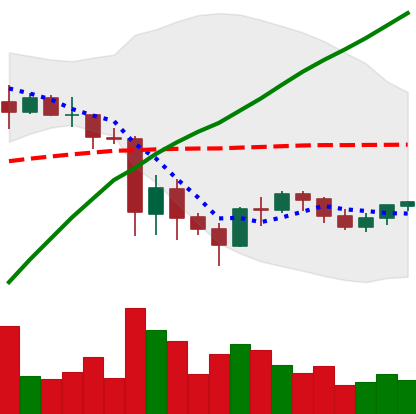
Ticker: BNB-USD
Chart end date: 2021-06-01
Forward return: 8.552%
Label: up_7plus